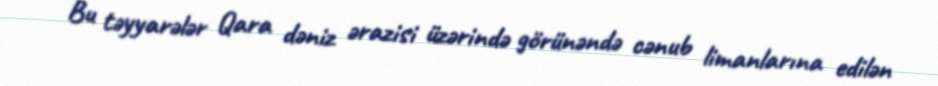
Bu təyyarələr Qara dəniz ərazisi üzərində görünəndə cənub limanlarına edilən